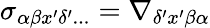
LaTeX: \sigma_{\alpha\beta x^{\prime}\delta^{\prime}...}=\nabla_{\delta^{\prime}x^{\prime}\beta\alpha}